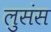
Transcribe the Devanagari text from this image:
लुसंस